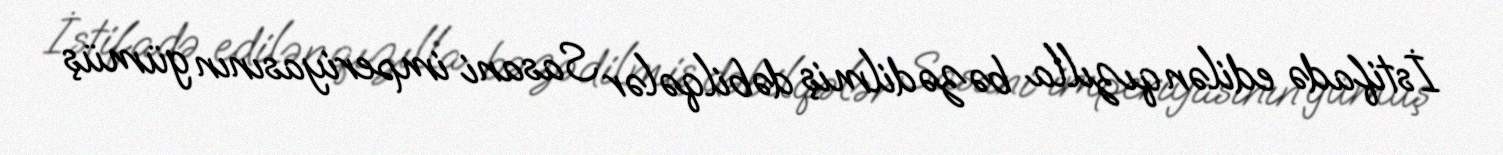
İstifadə edilən qızılla bəzədilmiş dəbilqələr Sasani imperiyasının gümüş